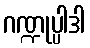
ဂဏ္ဍုပ္ပါဒါ